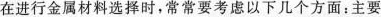
在进行金属材料选择时，常常要考虑以下几个方面：主要